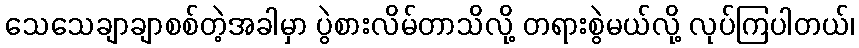
သေသေချာချာစစ်တဲ့အခါမှာ ပွဲစားလိမ်တာသိလို့ တရားစွဲမယ်လို့ လုပ်ကြပါတယ်၊